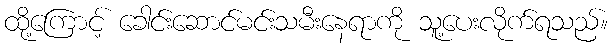
ထို့ကြောင့် ခေါင်းဆောင်မင်းသမီးနေရာကို သူ့ပေးလိုက်ရသည်။